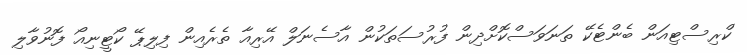
ކްރިސްޓިއަން ބެންޓެކޭ ތަނަވަސްކޮށްދިން ފުރުސަތަކުން އާސެނަލް އޭރިއާ ތެރެއިން ފިލިޕޭ ކޯޓީނިއޯ ފޮނުވާލި